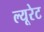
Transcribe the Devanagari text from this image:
ल्यूरेट